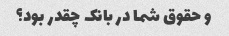
و حقوق شما در بانک چقدر بود؟